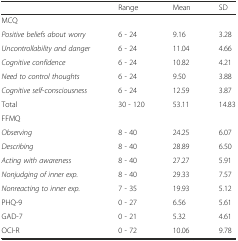
<table><thead><tr><td></td><td><b>Range</b></td><td><b>Mean</b></td><td><b>SD</b></td></tr></thead><tbody><tr><td>MCQ</td><td></td><td></td><td></td></tr><tr><td><i>Positive beliefs about worry</i></td><td>6 - 24</td><td>9.16</td><td>3.28</td></tr><tr><td><i>Uncontrollability and danger</i></td><td>6 - 24</td><td>11.04</td><td>4.66</td></tr><tr><td><i>Cognitive confidence</i></td><td>6 - 24</td><td>10.82</td><td>4.21</td></tr><tr><td><i>Need to control thoughts</i></td><td>6 - 24</td><td>9.50</td><td>3.88</td></tr><tr><td><i>Cognitive self-consciousness</i></td><td>6 - 24</td><td>12.59</td><td>3.87</td></tr><tr><td>Total</td><td>30 - 120</td><td>53.11</td><td>14.83</td></tr><tr><td>FFMQ</td><td></td><td></td><td></td></tr><tr><td><i>Observing</i></td><td>8 - 40</td><td>24.25</td><td>6.07</td></tr><tr><td><i>Describing</i></td><td>8 - 40</td><td>28.89</td><td>6.50</td></tr><tr><td><i>Acting with awareness</i></td><td>8 - 40</td><td>27.27</td><td>5.91</td></tr><tr><td><i>Nonjudging of inner exp.</i></td><td>8 - 40</td><td>29.33</td><td>7.57</td></tr><tr><td><i>Nonreacting to inner exp.</i></td><td>7 - 35</td><td>19.93</td><td>5.12</td></tr><tr><td>PHQ-9</td><td>0 - 27</td><td>6.56</td><td>5.61</td></tr><tr><td>GAD-7</td><td>0 - 21</td><td>5.32</td><td>4.61</td></tr><tr><td>OCI-R</td><td>0 - 72</td><td>10.06</td><td>9.78</td></tr></tbody></table>